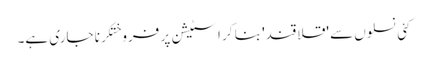
کئی نسلوں سے 'قلاقند' بنا کر اسٹیشن پر فروختکرنا جاری ہے۔